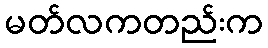
မတ်လကတည်းက